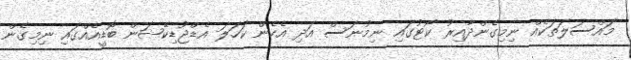
މައްސަލަތަކެއް ނިމިގެންދާއިރު ކޯޓުގައި ނިމުނަސް އަދި އެހެން ކަހަލަ އެޑްޖުޑިކޭޝަން ބޮޑީއެއްގައި ނިމިގެން